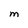
Character: M